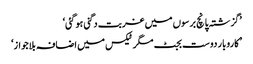
’گزشتہ پانچ برسوں میں غربت دگنی ہو گئی‘
’ کاروبار دوست بجٹ مگر ٹیکس میں اضافہ بلاجواز‘